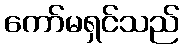
ကော်မရှင်သည်